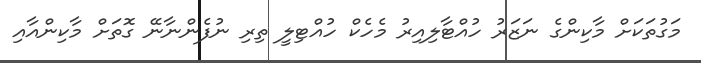
މަގުތަކަށް މާކިންގެ ނަޒަރު ހުއްޓާލިއިރު މެހެކް ހުއްޓިލީ ތިރި ނުފެންނާނޭ ގޮތަށް މާކިންއާއި